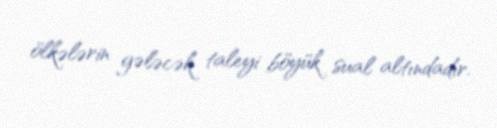
ölkələrin gələcək taleyi böyük sual altındadır.